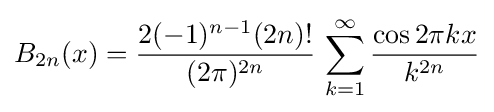
B_{2n}(x)={\frac {2(-1)^{n-1}(2n)!}{(2\pi )^{2n}}}\,\sum _{k=1}^{\infty }{\frac {\cos 2\pi kx}{k^{2n}}}